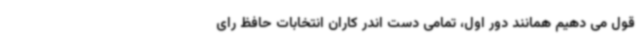
قول می دهیم همانند دور اول، تمامی دست اندر کاران انتخابات حافظ رای